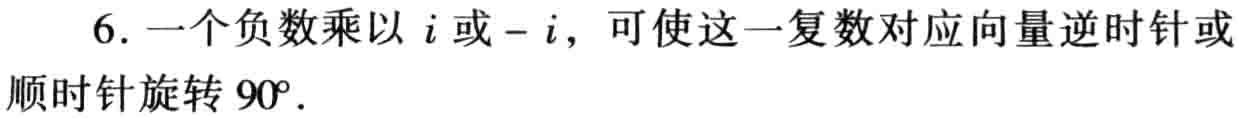
6. 一个负数乘以 \(i\) 或 \(-i\)，可使这一复数对应向量逆时针或顺时针旋转 \(90^{\circ}\).